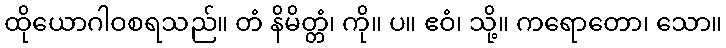
ထိုယောဂါဝစရသည်။ တံ နိမိတ္တံ၊ ကို။ ပ။ ဧဝံ၊ သို့။ ကရောတော၊ သော။